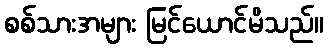
စစ်သားအများ မြင်ယောင်မိသည်။